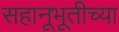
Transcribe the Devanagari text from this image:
सहानूभूतीच्या